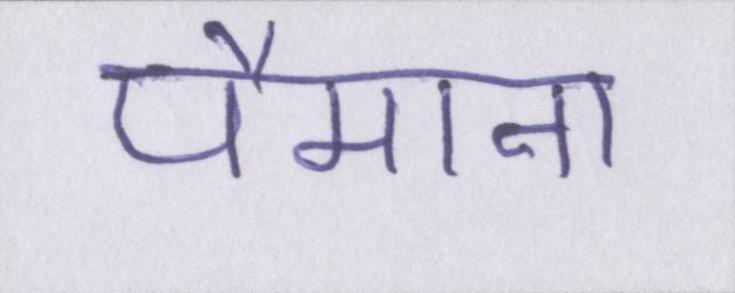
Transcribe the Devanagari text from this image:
पैमाना